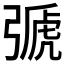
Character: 𢐋